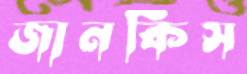
জানকিস